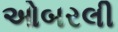
ઓબરલી